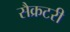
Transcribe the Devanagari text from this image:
सैक्रटरी